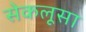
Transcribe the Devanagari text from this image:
सेकलूसा